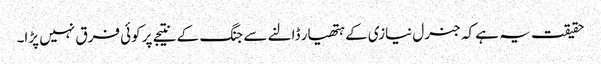
حقیقت یہ ہے کہ جنرل نیازی کے ہتھیار ڈالنے سے جنگ کے نتیجے پر کوئی فرق نہیں پڑا۔